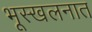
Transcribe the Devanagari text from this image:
भूस्खलनात